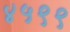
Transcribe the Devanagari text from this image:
४५९९